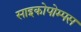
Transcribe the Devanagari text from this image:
साइकोपोम्पस